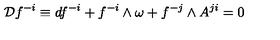
{ \cal D } f ^ { - i } \equiv d f ^ { - i } + f ^ { - i } \wedge \omega + f ^ { - j } \wedge A ^ { j i } = 0